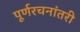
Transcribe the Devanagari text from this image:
पूर्णरचनांतरी